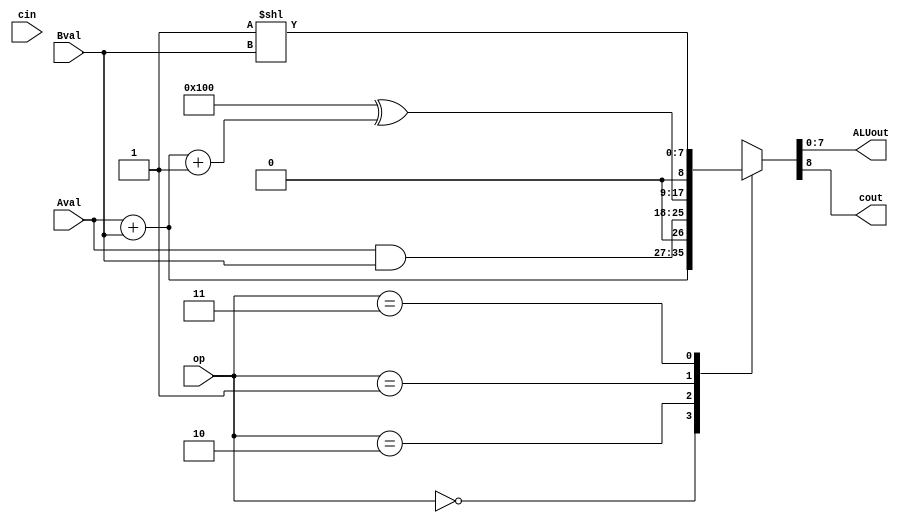
module alu_81(Aval, Bval, cin, op, ALUout, cout);
   input [7:0]	Aval;
   input [7:0]	Bval;
   input	cin;
   input [1:0]	op;
   output	cout;
   output [7:0]	ALUout;
   reg		cout;
   reg [7:0]	ALUout;
   always @(Aval or Bval or cin or op) begin
      case(op)
	2'b00 : {cout, ALUout} = Aval + Bval;
	2'b10 : {cout, ALUout} = {1'b0, Aval & Bval};
	2'b01 : {cout, ALUout} = 9'h100 ^ (Aval + Bval + 9'h001);
	2'b11 : {cout, ALUout} = {1'b0, 8'b1 << Bval};
      endcase
   end 
endmodule